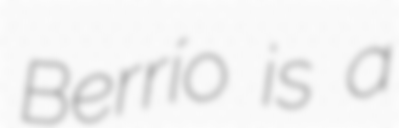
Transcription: Berrío is a